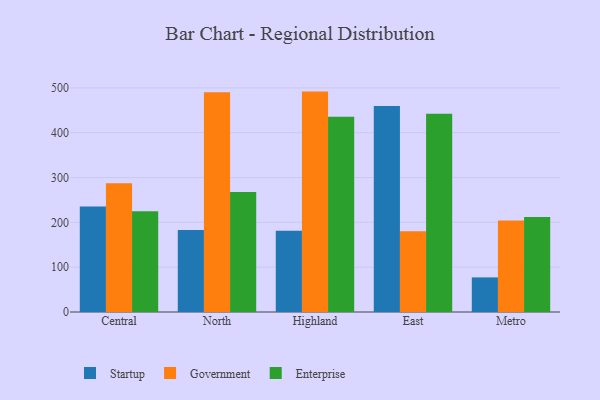
{"axis": {"x": "Region", "y": "Inventory Turnover"}, "legend": ["Enterprise", "Government", "Startup"], "data": [{"x": "Central", "y": 235.4, "type": "Startup"}, {"x": "Central", "y": 287.3, "type": "Government"}, {"x": "Central", "y": 224.6, "type": "Enterprise"}, {"x": "North", "y": 183.1, "type": "Startup"}, {"x": "North", "y": 490.4, "type": "Government"}, {"x": "North", "y": 267.9, "type": "Enterprise"}, {"x": "Highland", "y": 181.1, "type": "Startup"}, {"x": "Highland", "y": 491.7, "type": "Government"}, {"x": "Highland", "y": 435.6, "type": "Enterprise"}, {"x": "East", "y": 459.6, "type": "Startup"}, {"x": "East", "y": 180.4, "type": "Government"}, {"x": "East", "y": 442.1, "type": "Enterprise"}, {"x": "Metro", "y": 77.2, "type": "Startup"}, {"x": "Metro", "y": 204.1, "type": "Government"}, {"x": "Metro", "y": 212.1, "type": "Enterprise"}]}